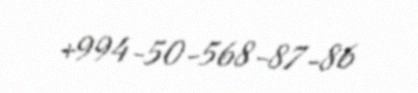
+994-50-568-87-86